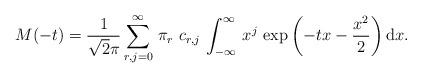
LaTeX: \begin{align*}M(-t)=\frac{1}{\sqrt 2\pi}\sum_{r,j=0}^\infty \,\pi_r\,\,c_{r,j}\,\int_{-\infty}^{\infty}\,x^{j}\,\exp\left(-t x-\frac{x^2}{2}\right)\mathrm{d}x.\end{align*}